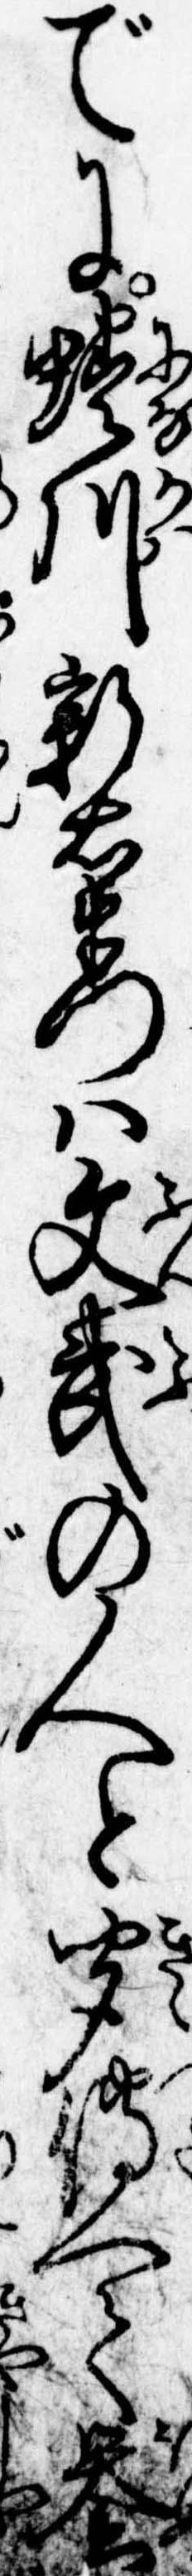
でに蜷川新右衛門は文武の人と聞伝へて誉